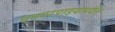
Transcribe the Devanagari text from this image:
धनगरपाडयापर्यंत